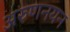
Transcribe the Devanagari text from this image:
अरुणनयन